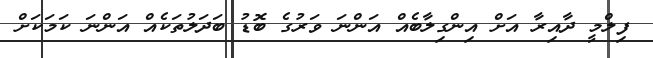
ފިލްމީ ދާއިރާ އަށް އިންގިލާބެއް އަންނަ ވަރުގެ ބޮޑު ބަދަލުތަކެއް އަންނަ ކަމަކަށް